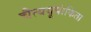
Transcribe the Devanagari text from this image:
चैत्ययूपांकिता